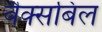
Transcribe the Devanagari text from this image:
वैक्सबिल